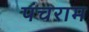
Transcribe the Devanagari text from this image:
पंचराम